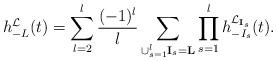
LaTeX: \begin{align*}h_{-L}^{\mathcal{L}}(t)=\sum_{l=2}^{l}\frac{(-1)^{l}}{l}\sum_{\cup_{s=1}^l\mathbf{I}_s=\mathbf{L}}\prod_{s=1}^lh_{-I_s}^{\mathcal{L}_{\mathbf{I}_s}}(t).\end{align*}